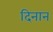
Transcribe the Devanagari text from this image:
दिनान